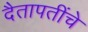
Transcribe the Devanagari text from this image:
दैतापतींचे